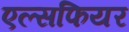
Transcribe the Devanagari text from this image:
एल्सफियर